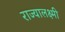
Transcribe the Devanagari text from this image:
राज्यालक्ष्मी